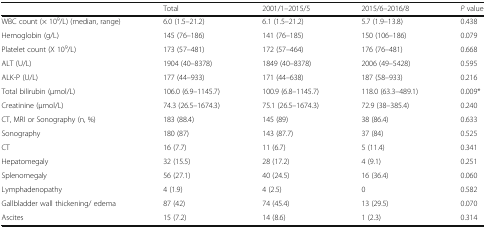
<table><thead><tr><td></td><td><b>Total</b></td><td><b>2001/1–2015/5</b></td><td><b>2015/6–2016/8</b></td><td><b><i>P</i> value</b></td></tr></thead><tbody><tr><td>WBC count (× 10<sup>9</sup>/L) (median, range)</td><td>6.0 (1.5–21.2)</td><td>6.1 (1.5–21.2)</td><td>5.7 (1.9–13.8)</td><td>0.438</td></tr><tr><td>Hemoglobin (g/L)</td><td>145 (76–186)</td><td>141 (76–185)</td><td>150 (106–186)</td><td>0.079</td></tr><tr><td>Platelet count (X 10<sup>9</sup>/L)</td><td>173 (57–481)</td><td>172 (57–464)</td><td>176 (76–481)</td><td>0.668</td></tr><tr><td>ALT (U/L)</td><td>1904 (40–8378)</td><td>1849 (40–8378)</td><td>2006 (49–5428)</td><td>0.595</td></tr><tr><td>ALK-P (U/L)</td><td>177 (44–933)</td><td>171 (44–638)</td><td>187 (58–933)</td><td>0.216</td></tr><tr><td>Total bilirubin (μmol/L)</td><td>106.0 (6.9–1145.7)</td><td>100.9 (6.8–1145.7)</td><td>118.0 (63.3–489.1)</td><td>0.009*</td></tr><tr><td>Creatinine (μmol/L)</td><td>74.3 (26.5–1674.3)</td><td>75.1 (26.5–1674.3)</td><td>72.9 (38–385.4)</td><td>0.240</td></tr><tr><td>CT, MRI or Sonography (n, %)</td><td>183 (88.4)</td><td>145 (89)</td><td>38 (86.4)</td><td>0.633</td></tr><tr><td>Sonography</td><td>180 (87)</td><td>143 (87.7)</td><td>37 (84)</td><td>0.525</td></tr><tr><td>CT</td><td>16 (7.7)</td><td>11 (6.7)</td><td>5 (11.4)</td><td>0.341</td></tr><tr><td>Hepatomegaly</td><td>32 (15.5)</td><td>28 (17.2)</td><td>4 (9.1)</td><td>0.251</td></tr><tr><td>Splenomegaly</td><td>56 (27.1)</td><td>40 (24.5)</td><td>16 (36.4)</td><td>0.060</td></tr><tr><td>Lymphadenopathy</td><td>4 (1.9)</td><td>4 (2.5)</td><td>0</td><td>0.582</td></tr><tr><td>Gallbladder wall thickening/ edema</td><td>87 (42)</td><td>74 (45.4)</td><td>13 (29.5)</td><td>0.070</td></tr><tr><td>Ascites</td><td>15 (7.2)</td><td>14 (8.6)</td><td>1 (2.3)</td><td>0.314</td></tr></tbody></table>